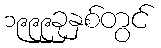
၁၉၉၉ခုနှစ်တွင်